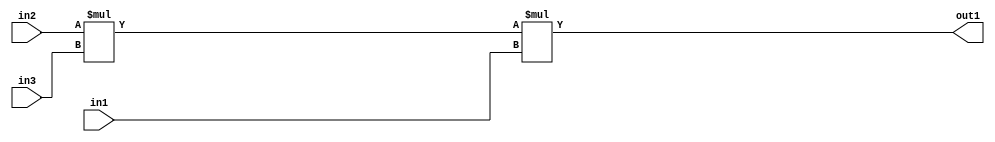
`timescale 1ps / 1ps
/*****************************************************************************
    Verilog RTL Description
    
    
    Created by: Stratus DpOpt 2019.1.01 
*******************************************************************************/

module pw_feature_addr_gen_Mul3u16u16u11_4 (
	in3,
	in2,
	in1,
	out1
	); /* architecture "behavioural" */ 
input [10:0] in3;
input [15:0] in2,
	in1;
output [31:0] out1;
wire [31:0] asc001;
wire [26:0] asc002;

assign asc002 = 
	+(in2 * in3);

assign asc001 = 
	+(asc002 * in1);

assign out1 = asc001;
endmodule

/* CADENCE  ubn0Qw0= : u9/ySgnWtBlWxVPRXgAZ4Og= ** DO NOT EDIT THIS LINE ******/